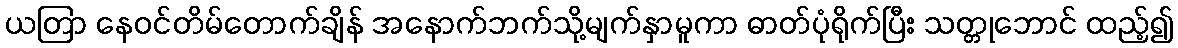
ယတြာ နေဝင်တိမ်တောက်ချိန် အနောက်ဘက်သို့မျက်နှာမူကာ ဓာတ်ပုံရိုက်ပြီး သတ္တုဘောင် ထည့်၍